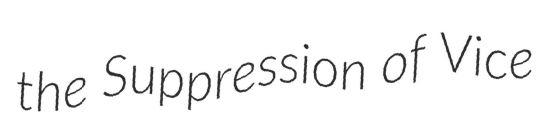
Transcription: the Suppression of Vice